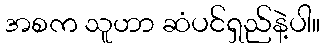
အစက သူဟာ ဆံပင်ရှည်နဲ့ပါ။